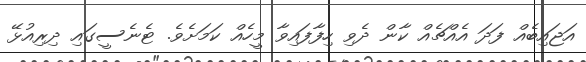
އަޖައިބެއް ފަދަ އެއްޗެއް ކާން ދެވި ހިފާފައިވާ މީހެއް ކަމަށެވެ. ޓެނެސީގައި ދިރިއުޅޭ